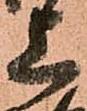
上